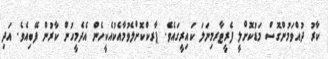
ކާރު ދުއްވަމުންގޮސް މަޑުކޮށްލީ ފެރީޓާރމިނަލަ ކައިރީގައެވެ. ޕާރކްކޮށްލެވުމާއެކުއެކީހެން އެދެމީހުން ކާރުން ފޭބިއެވެ. އަދި